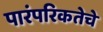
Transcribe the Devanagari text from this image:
पारंपरिकतेचे